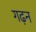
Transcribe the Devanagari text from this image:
गढ़न